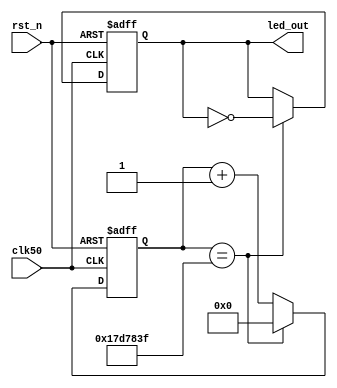
module jishuqi(clk50, rst_n, led_out);
	input clk50, rst_n;       // 50M
	output reg led_out;       // led
	// 50mhz20ns
	reg [24:0] counter;       // 25500ms
	always @(posedge clk50 or negedge rst_n)          // 
		if (rst_n == 1'b0)
			counter <= 25'd0;
		else if (counter == 25'd24_999_999)
		// else if (counter == 25'd24_999)
			counter <=25'd0;
		else
			counter <= counter + 1'b1;
	
	always @(posedge clk50 or negedge rst_n)          // 
		if (rst_n == 1'b0)
			led_out <= 1'b1;
		else if (counter == 25'd24_999_999)
		// else if (counter == 25'd24_999)                // 
			led_out <= ~led_out;
		else
			led_out <= led_out;
endmodule